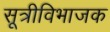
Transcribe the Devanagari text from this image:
सूत्रीविभाजक